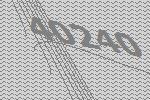
40240